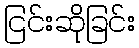
ငြင်းဆိုခြင်း